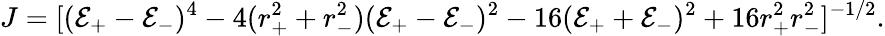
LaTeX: J=[(\mathcal{E}_{+}-\mathcal{E}_{-})^{4}-4(r_{+}^{2}+r_{-}^{2})(\mathcal{E}_{+}-\mathcal{E}_{-})^{2}-16(\mathcal{E}_{+}+\mathcal{E}_{-})^{2}+16r_{+}^{2}r_{-}^{2}]^{-{1/2}}.